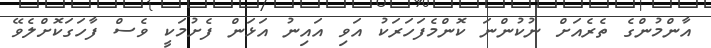
އާންމުންގެ ތެރެއަށް ނުކުންނަ ކޮންމެފަހަރަކު އަވި އައިނު އަޅަން ފެށުމަކީ ވެސް ފާހަގަކޮށްލެވޭ